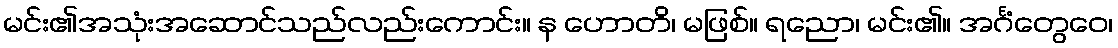
မင်း၏အသုံးအဆောင်သည်လည်းကောင်း။ န ဟောတိ၊ မဖြစ်။ ရညော၊ မင်း၏။ အင်္ဂံတွေဝေ၊